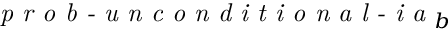
\textit { p r o b - u n c o n d i t i o n a l - i a } _ { b }